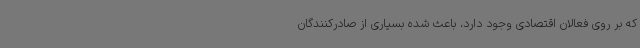
که بر روی فعالان اقتصادی وجود دارد، باعث شده بسیاری از صادرکنندگان